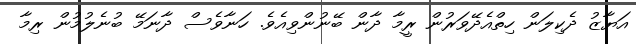
އަޔާޒު ދެކިލަން ހިތްއެދޭވަރުން ރީމާ ދާން ބޭނުންވިއެވެ. ހަނާވެސް ދާނަމޭ ބުނެލުމުން ރިމާ